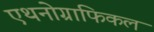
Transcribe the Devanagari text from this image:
एथनोग्राफिकल